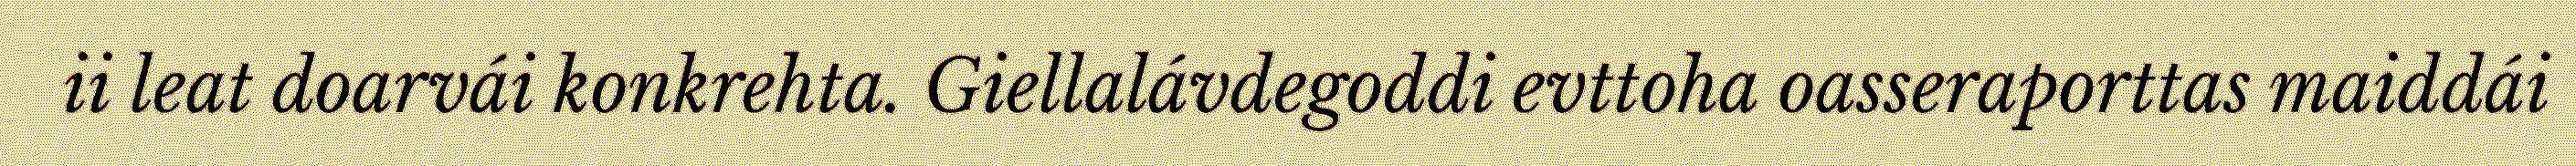
ii leat doarvái konkrehta. Giellalávdegoddi evttoha oasseraporttas maiddái